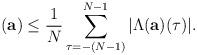
LaTeX: \begin{align*}(\mathbf{a})\le \frac{1}{N}\sum_{\tau=-(N-1)}^{N-1}|\Lambda(\mathbf{a})(\tau)|.\end{align*}